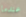
عندما